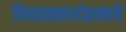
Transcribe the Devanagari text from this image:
विकासकार्यक्रमाचे